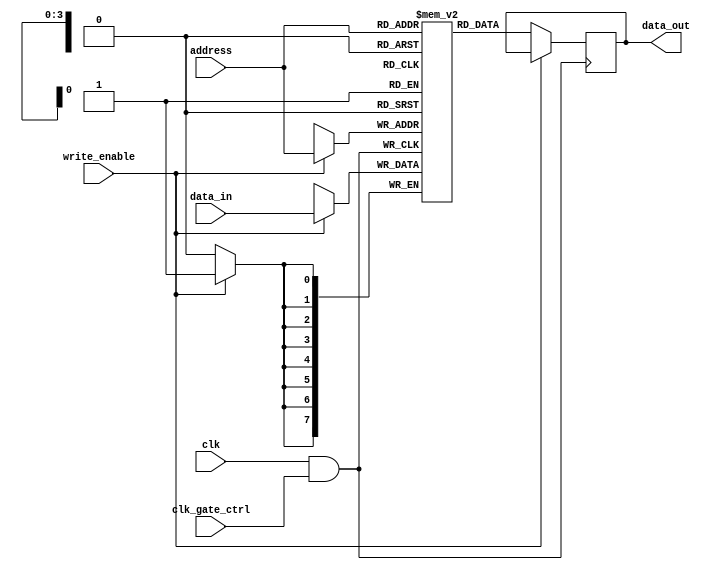
module clock_gated_memory (
    input wire clk,                // Global clock
    input wire clk_gate_ctrl,      // Clock gating control signal
    input wire [7:0] data_in,      // Data input
    input wire write_enable,        // Write enable signal
    input wire [3:0] address,       // Address input
    output reg [7:0] data_out       // Data output
);

// Memory array
reg [7:0] memory [0:15]; // 16 x 8 memory

// Clock Gating Cell
wire gated_clk;
assign gated_clk = clk & clk_gate_ctrl; // Gated clock

// Memory operation
always @(posedge gated_clk) begin
    if (write_enable) begin
        memory[address] <= data_in; // Write operation
    end
    else begin
        data_out <= memory[address];  // Read operation
    end
end

endmodule